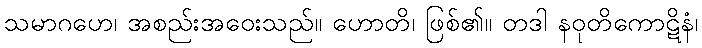
သမာဂဟေ၊ အစည်းအဝေးသည်။ ဟောတိ၊ ဖြစ်၏။ တဒါ နဝုတိကောဋိနံ၊